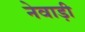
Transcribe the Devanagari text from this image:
नेवाड़ी